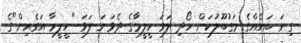
ގިނަ ބައެއްގެ މަގުބޫލުކަން ހޯދި ލަވަ ހީލީމާގެ ދެވަނަ ލަވަ "ހީލީމާ އަގެއިން"ގެ